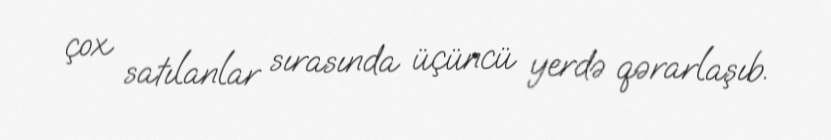
çox satılanlar sırasında üçüncü yerdə qərarlaşıb.